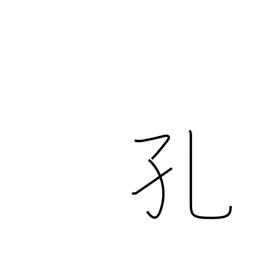
Meaning: cavity